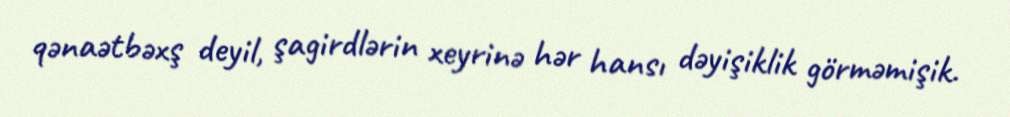
qənaətbəxş deyil, şagirdlərin xeyrinə hər hansı dəyişiklik görməmişik.